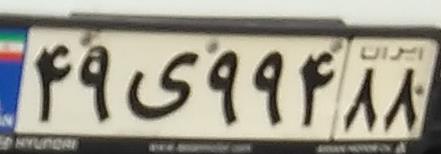
۴۹ی۹۹۴۸۸